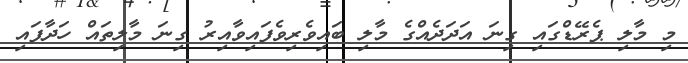
މި މާލި ޕެރޭޑްގައި ގިނަ އަދަދެއްގެ މާލި ބައިވެރިވެފައިވާއިރު ގިނަ މާލިތައް ހަދާފައި